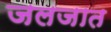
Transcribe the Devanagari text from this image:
जलजात